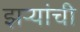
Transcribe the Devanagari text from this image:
झऱ्यांची